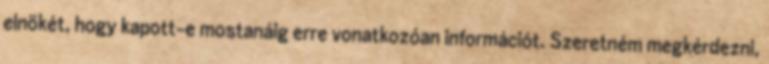
elnökét, hogy kapott-e mostanáig erre vonatkozóan információt. Szeretném megkérdezni,